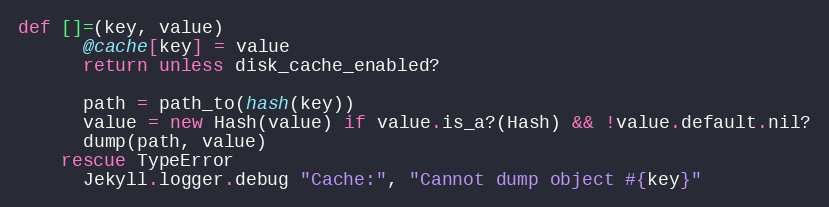
Language: Ruby
def []=(key, value)
      @cache[key] = value
      return unless disk_cache_enabled?

      path = path_to(hash(key))
      value = new Hash(value) if value.is_a?(Hash) && !value.default.nil?
      dump(path, value)
    rescue TypeError
      Jekyll.logger.debug "Cache:", "Cannot dump object #{key}"